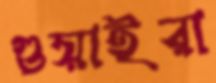
গুয়াইরা